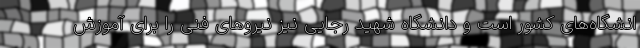
انشگاه‌های کشور است و دانشگاه شهید رجایی نیز نیروهای فنی را برای آموزش